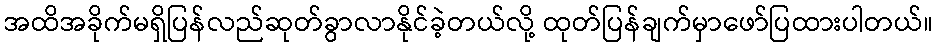
အထိအခိုက်မရှိပြန်လည်ဆုတ်ခွာလာနိုင်ခဲ့တယ်လို့ ထုတ်ပြန်ချက်မှာဖော်ပြထားပါတယ်။